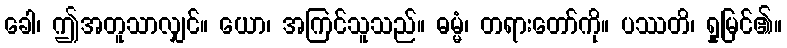
ခေါ၊ ဤအတူသာလျှင်။ ယော၊ အကြင်သူသည်။ ဓမ္မံ၊ တရားတော်ကို။ ပဿတိ၊ ရှုမြင်၏။